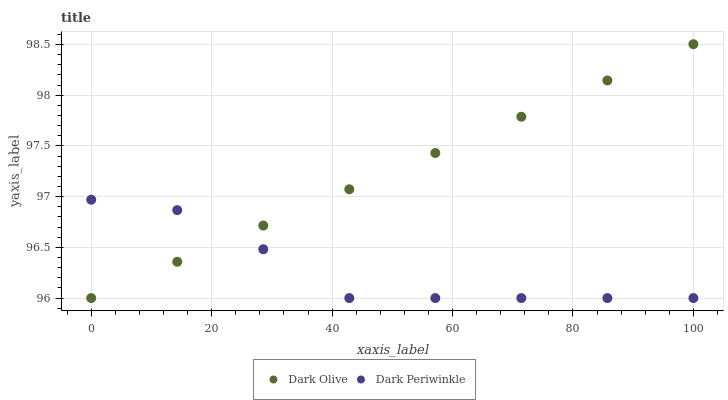
| xaxis_label | Dark Olive | Dark Periwinkle |
 | --- | --- | --- |
 | 0 | 96 | 97 |
 | 14.3 | 96.4 | 96.9 |
 | 28.6 | 96.7 | 96.5 |
 | 42.9 | 97.1 | 96 |
 | 57.1 | 97.4 | 96 |
 | 71.4 | 97.8 | 96 |
 | 85.7 | 98.1 | 96 |
 | 100 | 98.5 | 96 |